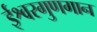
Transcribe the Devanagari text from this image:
ईश्वरगुणगान